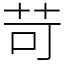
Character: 苛